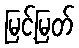
မြင့်မြတ်